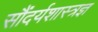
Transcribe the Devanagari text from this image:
सौंदर्यशास्त्रज्ञ